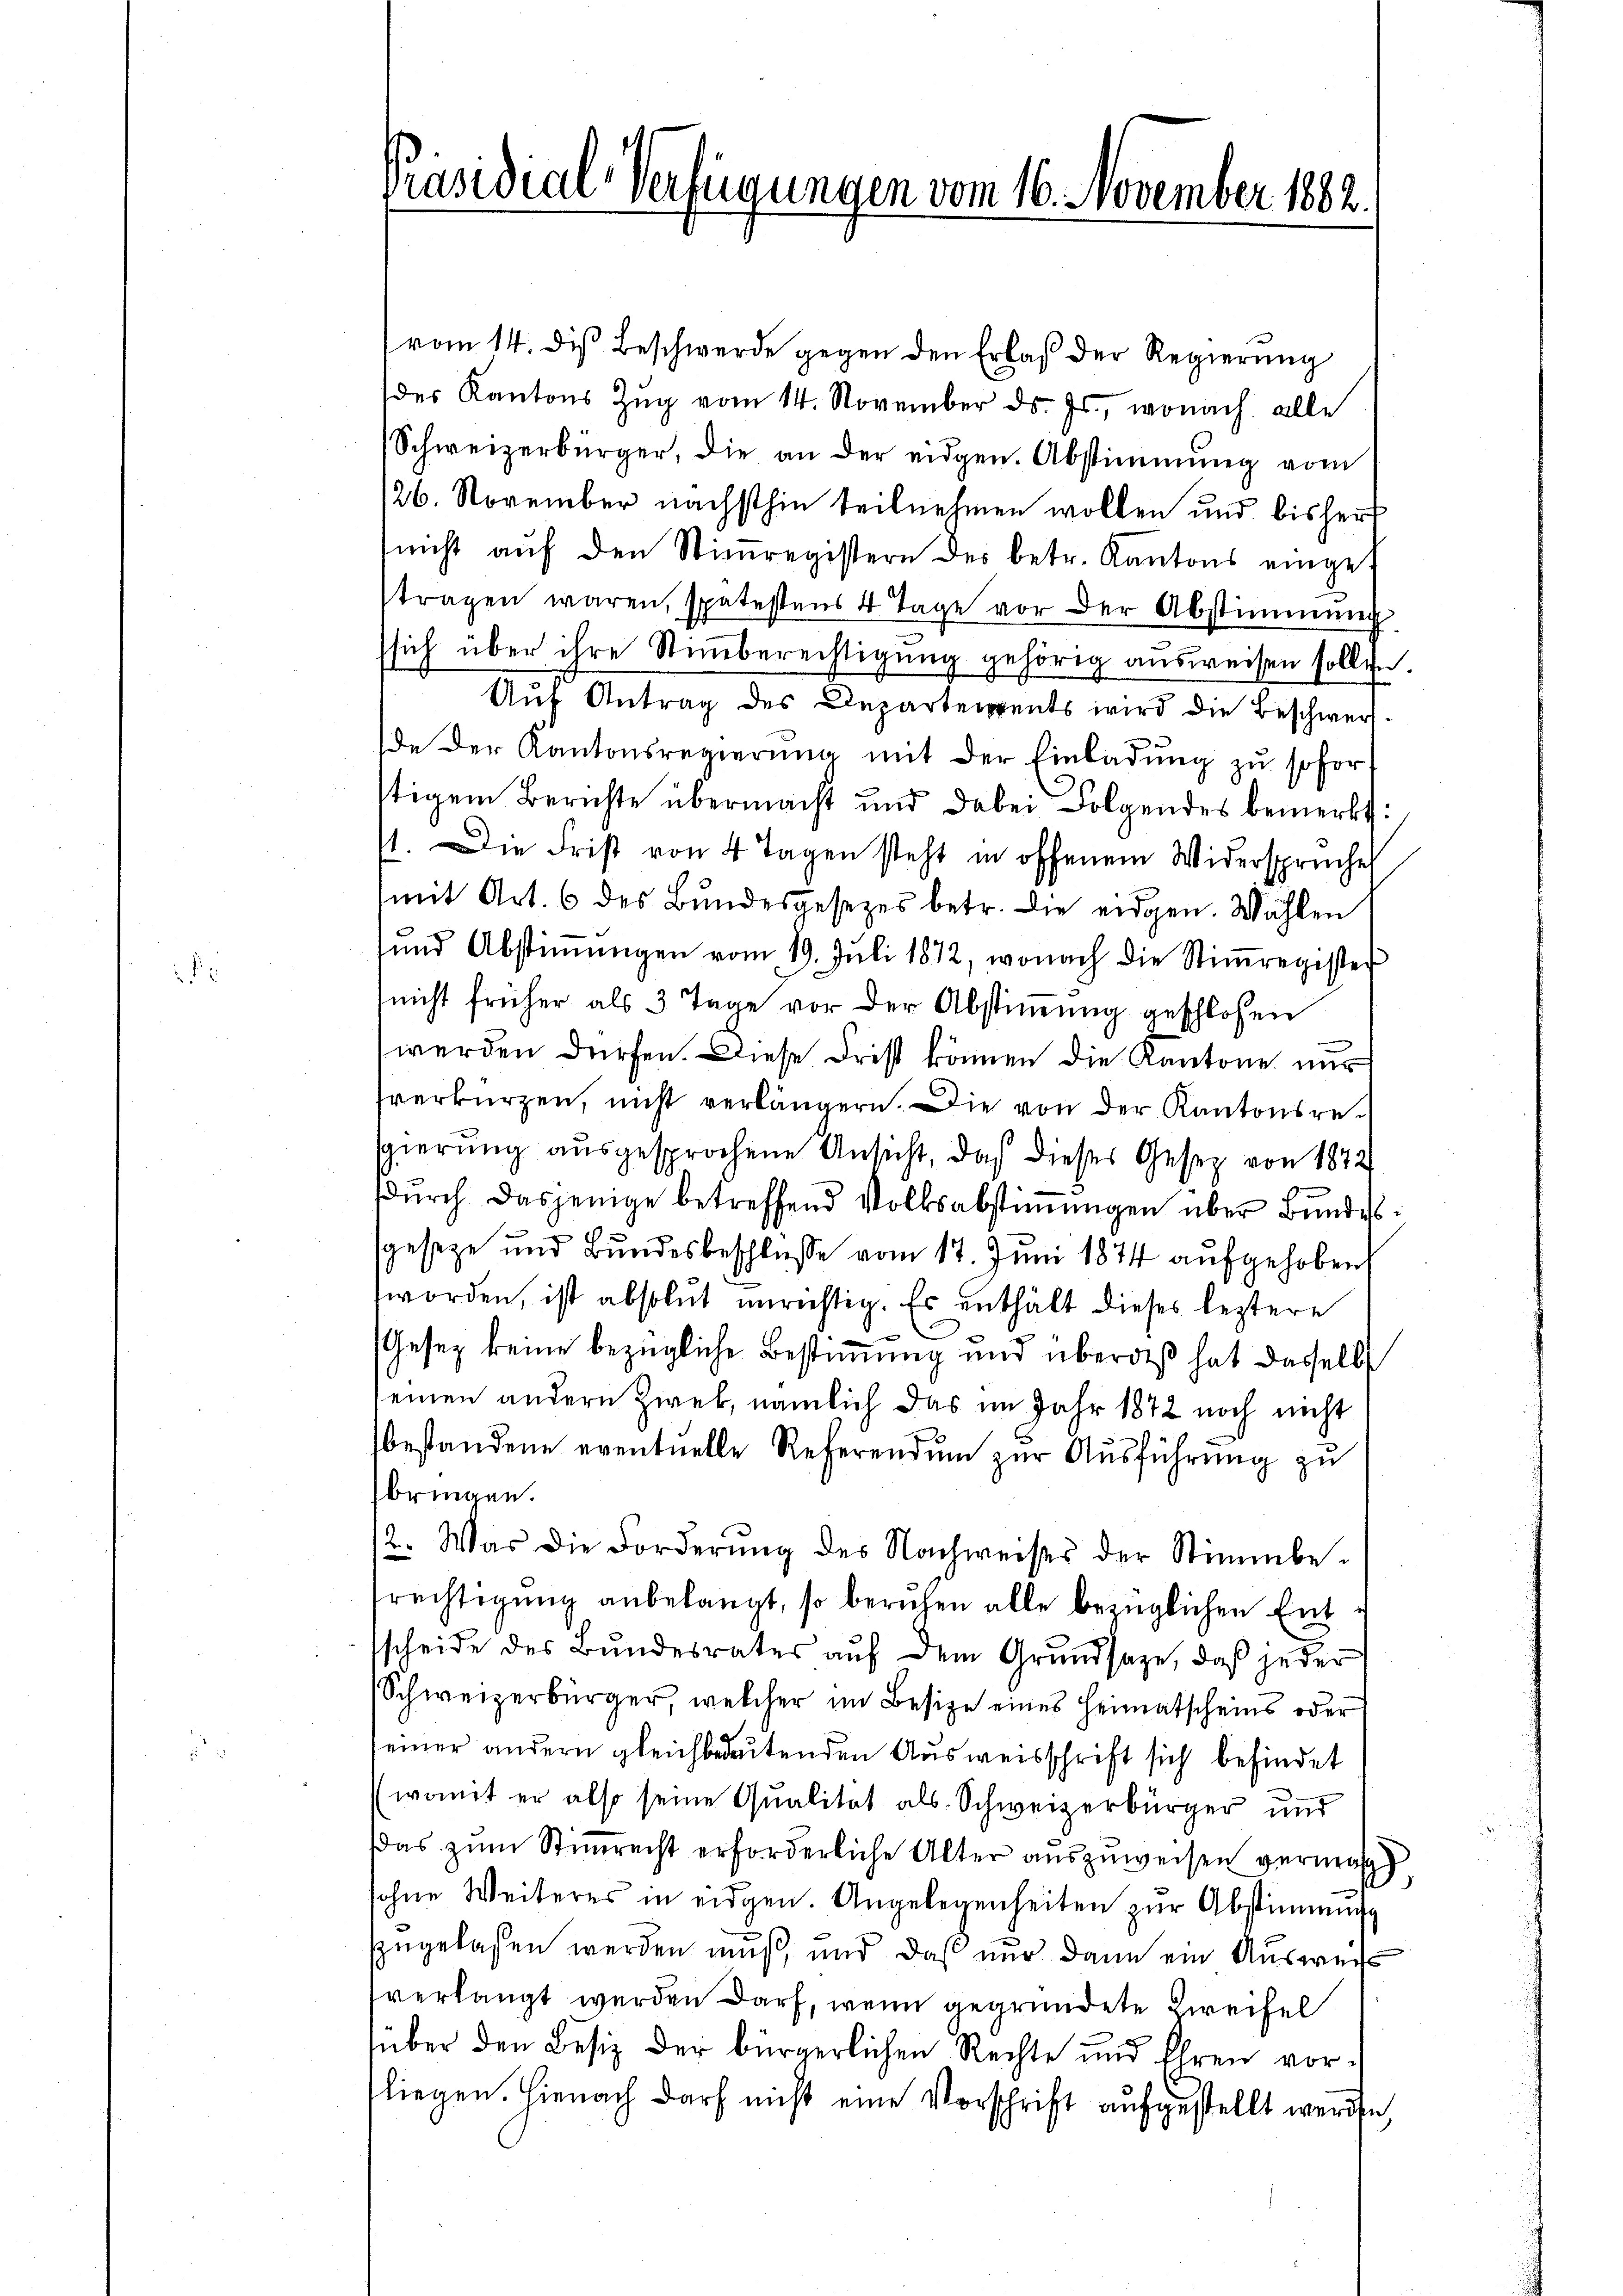
Präsidial-Verfügungen vom 16. November 1882.

(vom 14. des Beschwerde gegen den Erlaß der Regierung
des Kantons Zŭg vom 14. November ds. Js., wonach alle
Schweizerbürger, die an der eidgen. Abstimmung vom
126. November nächsthin teilnehmen wollen und bisher
snicht aŭf den Stiṁregistern des betr. Kantons einget
tragen waren, spätestens 4 Tage vor der Abstimmung
ssich über ihre Stiṁberechtigŭng gehörig ausweisen sollen.
Auf Antrag des Departements wird die Beschwerde der Kantonsregierŭng mit der Einladŭng zŭ sofort
stigem Berichte übermacht und dabei Folgendes bemerkt:
st. Die Frist von 4 Tagen steht in offenem Widersprüche
mit Art. 6 des Bundesgesezes betr. die eidgen. Wählen
und Abstiṁŭngen vom 19. Jŭli 1872, wonach die Stiṁregister
nicht früher als 3 Tage vor der Abstimmung geschlossen
werden dürfen. Diese Frist können die Kantone nur
verkürzen, nicht verlängern. Die von der Kantonsresgierung ausgesprochene Ansicht, daß dieses Gesetz von 1872
dŭrch dasjenige betreffend Volksabstiṁŭngen über Bundes
sgeseze und Bundesbeschlusse vom 17. Juni 1874 aufgehoben
worden, ist absolut unrichtig. Es enthält dieses leztere
Gesez keine bezügliche Bestimmung und überdeß hat dasselbe
einen andern Zwek, nämlich das im Jahr 1872 noch nicht
bestandene eventuelle Referendŭm zŭr Aŭsführŭng zu
bringen.
2. Was die Forderŭng des Nachweises der Stimmbe-
trechtigung anbelangt, so beruhen alle bezüglichen Entscheide des Bundesrates aŭf dem Grŭndsaze, daβ jeder
Schweizerbürger, welcher im Besize eines Heimatscheins oder
einer andern gleichbedeutenden Ausweisschrift sich befindet
(womit er also seine Qualität als Schweizerbürger und
das zŭm Stimmrecht erforderliche Alter auszuweisen vermas
ohne Weiteres in eidgen. Angelegenheiten zur Abstimmung
zzugelassen werden muß, und daß nur dann ein Ausweiss
verlangt werden darf, wenn gegründete Zweifel
süber den Besiz der bürgerlichen Rechte und Ehren vorfliegen. Hienach darf nicht eine Vorschrift aufgestellt werden,